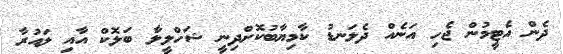
ދެން އެޓީމުން ޖެހި އަނެއް ދެލަނޑު ކާމިޔާބުކޮށްދިނީ ޝަހްލީލާ ބަލޮކް އާއި ލައުރާ